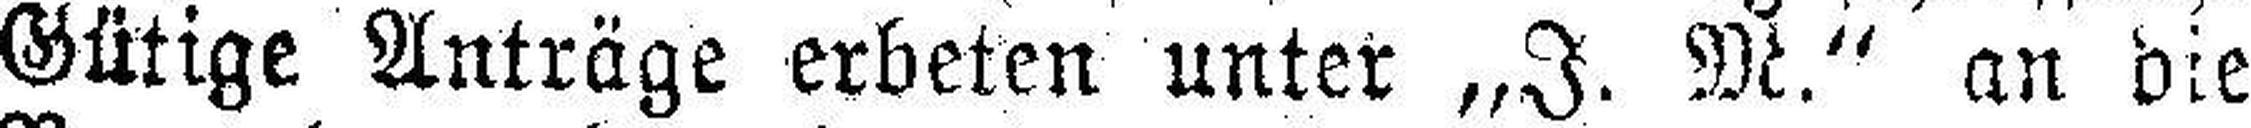
Gütige Anträge erbeten unter „J. M.“ an die